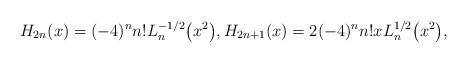
LaTeX: \begin{align*}H_{2n}(x)=(-4)^nn!L_n^{-1/2}\big(x^2\big),H_{2n+1}(x)=2(-4)^nn!xL_n^{1/2}\big(x^2\big),\end{align*}